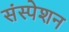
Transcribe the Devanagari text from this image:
संस्पेशन